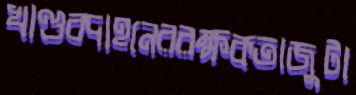
খাণ্ডবদাহনেররক্ষকতাজুটা